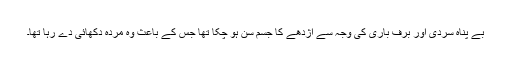
بے پناہ سردی اور برف باری کی وجہ سے اژدھے کا جسم سُن ہو چکا تھا جس کے باعث وہ مردہ دکھائی دے رہا تھا۔